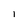
Character: l